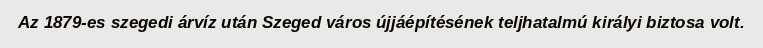
Az 1879-es szegedi árvíz után Szeged város újjáépítésének teljhatalmú királyi biztosa volt.